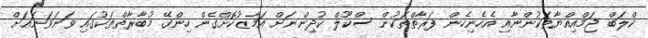
ކްލަބް ޖަމްއިއްޔާތަކުންނާއި އެހެނިހެން ފަރާތްތަކުން ސްކޫލް ކުދިންނަށް އަމާޒުކޮށްގެން ހިންގޭ މުބާރާތްތަކުގައި ވަނަވަނައަށް